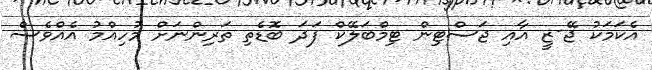
އެކަމަކު ޖޭ-ޒީ އާއި ޖަސްޓިން ޓިމްބަލޭކް ފަދަ ބޮޑެތި ތަރިންނަށް މުހިއްމު އެއްވެސް